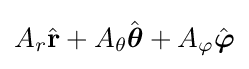
A_{r}{\hat {\mathbf {r} }}+A_{\theta }{\hat {\boldsymbol {\theta }}}+A_{\varphi }{\hat {\boldsymbol {\varphi }}}